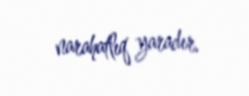
narahatlıq yaradır.